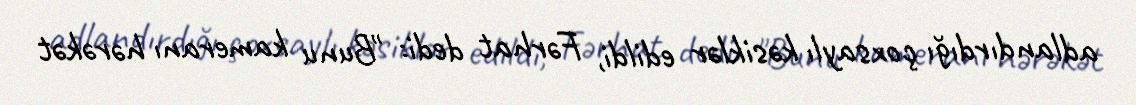
adlandırdığı çoxsaylı kəsiklər edildi, Fərhat dedi: "Bunu kameranı hərəkət